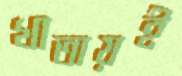
খাতায়ই